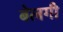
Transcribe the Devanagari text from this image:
बेलगी